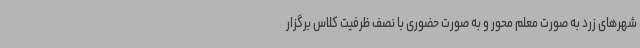
شهرهای زرد به صورت معلم محور و به صورت حضوری با نصف ظرفیت کلاس برگزار